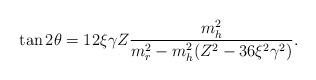
LaTeX: \begin{align*}\tan 2 \theta = 12 \xi \gamma Z \frac{m^2 _h}{m^2_{r}-m^2_h (Z^2 -36 \xi ^2 \gamma^2)}. \end{align*}